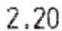
2.20